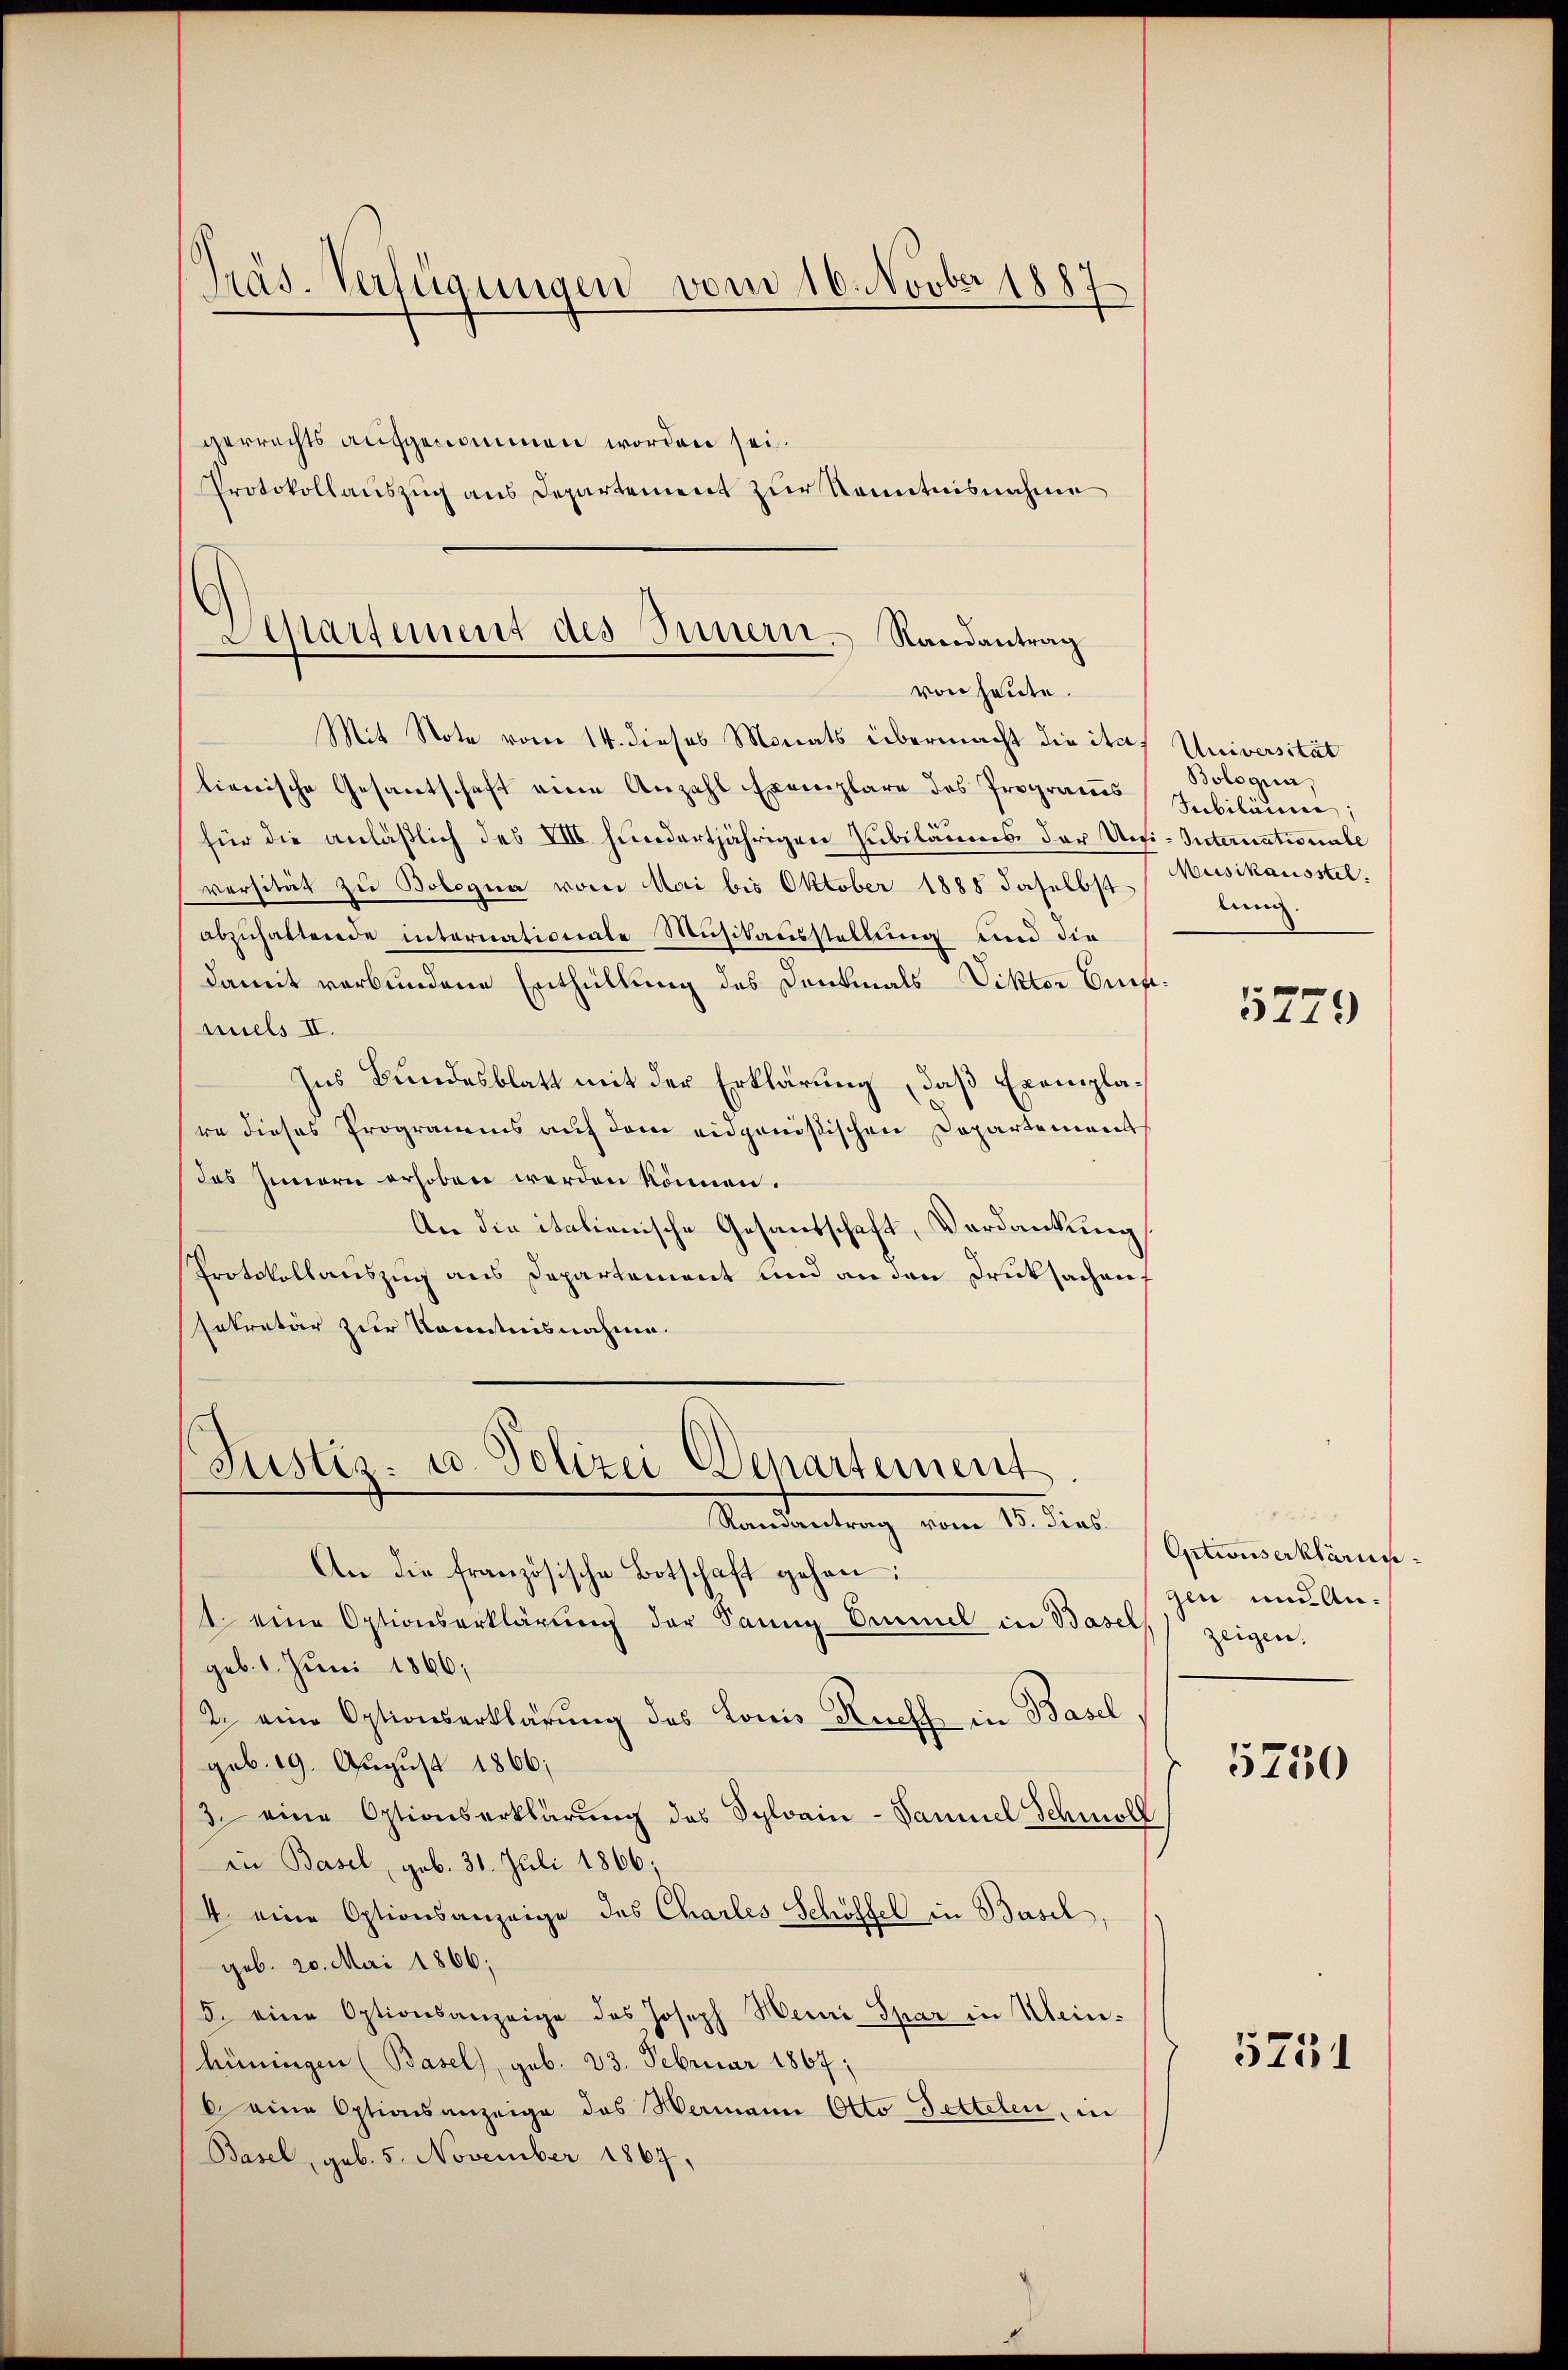
Präs. Verfügungen vom 16. Novber 1887

gerrechts aufgenommen worden sei.
Protokollauszug aus Departement zur Kenntnisnahme

Bestartement des Innern. Randantrag
von heute.

Mit Note vom 14. dieses Monats übermacht die itas Universität
lienische Gesantschaft eine Anzahl Exemplare des Programs
für die anläßlich des VIII hundertjährigen Jubiläums der Uni-Internationale
versität zu Bologna vom Mai bis Oktober 1888 daselbst
abzuhaltende internationale Musikausstellung und die
damit verbundene Enthüllung des Denkmals Vikter Aufmels II.
Ins Bundesblatt mit der Erklärung, daß Exemplare dieses Programms auf dem eidgenößischen Departement
das Innern erhoben werden können.
An die italienische Gesandschaft, Verdankung
Protokollauszug aus Departement und an den Druksach auf
Enkretär zur Kenntnisnahme.
An die französische Botschaft gehen:
1 eine Optionserklärŭng der Sannig Ommel in Basels zeigen,
geb. 1. Juni 1866;
2. eine Optionserklärung des Louis Kuchs in Basel
geb. 19. August 1866;
3. eine Optionserklärung des Schlorin - Samuel Schmoll
in Basel, geb. 31. Juli 1866;
4 eine Optionsanzeige des Charles Schöffel in Basel,
geb. 20. Mai 1866.
5. eine Optionsanzeige des Joseph Heini Spar in Mein-
hüningen (Basel), geb. 23. Februar 1867;
6 eine Optionsanzeige des Wermann Otto Bettelen, in
Basel, geb. 5. November 1867,

Justiz- u. Polizei Departement.
Mandantung vom 12. dies

Bologia,
Subiläice;
Musikausstel
lung.

5279

Optionserklärungen und An¬

5750

5731